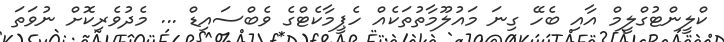
ކްލީންޓުގްލީމް އާއި ބެހޭ ގިނަ މައުލޫމާތުތަކެއް ހެޕީމާކެޓްގެ ވެބްސައިޑް ... މެދުވެރިކޮށް ނުވަތަ